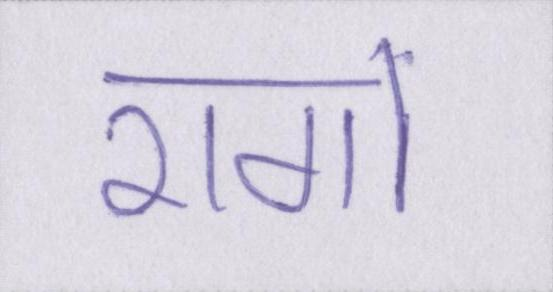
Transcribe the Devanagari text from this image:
रागों